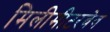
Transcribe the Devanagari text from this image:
मिलीमीटरवेव